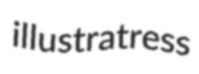
illustratress